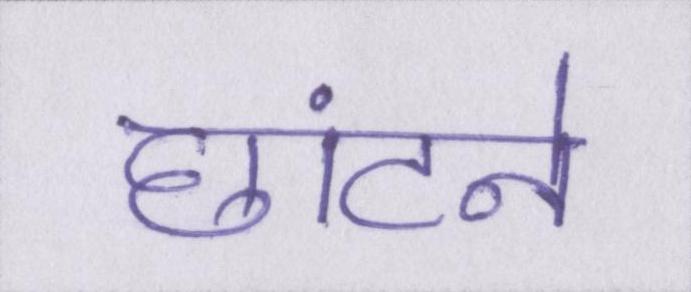
छांटने